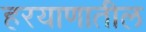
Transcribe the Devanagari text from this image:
हरयाणातील